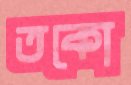
তকো